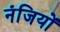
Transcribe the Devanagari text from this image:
नंजियों